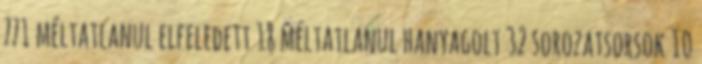
771 méltatlanul elfeledett 18 méltatlanul hanyagolt 32 sorozatsorsok 10